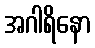
အဂါရိနော